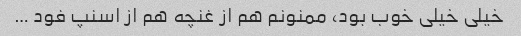
خیلی خیلی خوب بود، ممنونم هم از غنچه هم از اسنپ فود …